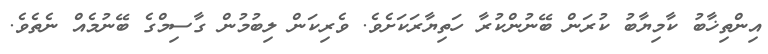
އިންތިޚާބު ކާމިޔާބު ކުރަން ބޭނުންކުރާ ހަތިޔާރަކަށެވެ. ވެރިކަން ލިބުމުން ގާސިމްގެ ބޭނުމެއް ނެތެވެ.